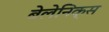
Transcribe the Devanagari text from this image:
बेलेनिक्स